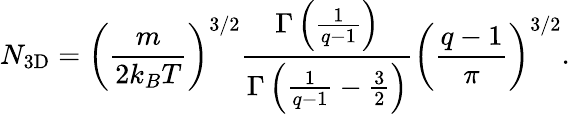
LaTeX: N_{\mathrm{3D}}=\left(\frac{m}{2k_{B}T}\right)^{3/2}\frac{\Gamma\left(\frac{1}{q-1}\right)}{\Gamma\left(\frac{1}{q-1}-\frac{3}{2}\right)}\left(\frac{q-1}{\pi}\right)^{3/2}.